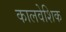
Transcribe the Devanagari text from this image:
कालवेशिक